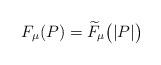
LaTeX: \begin{align*}F_\mu(P)=\widetilde{F}_\mu\big(|P|\big)\end{align*}